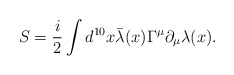
\begin{align*}S=\frac{i}{2} \int d^{10}x \bar{\lambda}(x)\Gamma^{\mu}\partial_{\mu}\lambda(x).\end{align*}